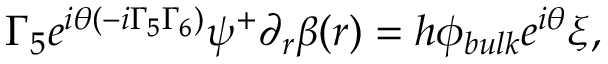
\Gamma _ { 5 } e ^ { i \theta ( - i \Gamma _ { 5 } \Gamma _ { 6 } ) } \psi ^ { + } \partial _ { r } \beta ( r ) = h \phi _ { b u l k } e ^ { i \theta } \xi ,